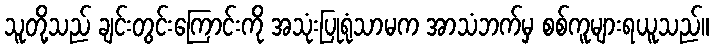
သူတို့သည် ချင်းတွင်းကြောင်းကို အသုံးပြုရုံသာမက အာသံဘက်မှ စစ်ကူများရယူသည်။